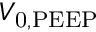
V _ { \mathrm { 0 , P E E P } }